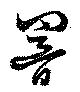
響